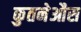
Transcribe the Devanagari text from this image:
कुतनेऔस